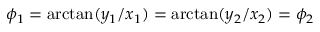
\begin{array} { r } { \phi _ { 1 } = \arctan ( y _ { 1 } / x _ { 1 } ) = \arctan ( y _ { 2 } / x _ { 2 } ) = \phi _ { 2 } } \end{array}